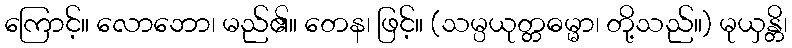
ကြောင့်။ လောဘော၊ မည်၏။ တေန၊ ဖြင့်။ (သမ္ပယုတ္တဓမ္မာ၊ တို့သည်။) မုယှန္တိ၊